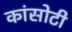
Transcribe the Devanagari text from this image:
कांसोटी